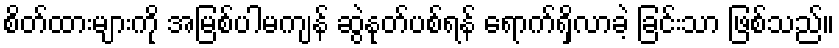
စိတ်ထားများကို အမြစ်ပါမကျန် ဆွဲနုတ်ပစ်ရန် ရောက်ရှိလာခဲ့ ခြင်းသာ ဖြစ်သည်။